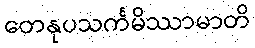
တေနုပသင်္ကမိဿာမာတိ